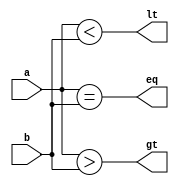
module MagnitudeComparator4Bit(input[3:0] a, input[3:0] b,output eq,output lt,output gt);
	assign eq = a == b;
	assign lt = a < b;
	assign gt = a > b;
endmodule

module MagnitudeComparator8Bit (input [7:0]a, input [7:0]b, output eq, output gt, output lt);
	wire [3:0]a1, a2, b1, b2;
	wire eq1, eq2, lt1, lt2, gt1, gt2;

	assign a1 = {a[3:0]};
	assign a2 = {a[7:4]};
	assign b1 = {b[3:0]};
	assign b2 = {b[7:4]};
	
	MagnitudeComparator4Bit c1 (a1, b1, eq1, lt1, gt1);
	MagnitudeComparator4Bit c2(a2, b2, eq2, lt2, gt2);

	assign eq = (eq1 & eq2);
	assign lt = (lt2 | (lt1 & eq2));
	assign gt = (~lt & ~eq);
endmodule

module EightBitTB;
	reg [7:0] a, b;
	wire eq, gt, lt;
	MagnitudeComparator8Bit comp1(a, b, eq, gt, lt);

	initial begin
		$monitor("%d a=%b, b=%b, eq=%b, gt=%b, lt=%b", $time, a, b, eq, gt, lt);
		
		#10
			a = 15;
			b = 15;
		#10
			a = 250;
			b = 230;
		#10
			a = 74;
			b = 80;
		#10
			a = 65;
			b = 50;
	end
endmodule